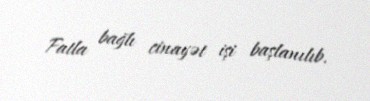
Fatla bağlı cinayət işi başlanılıb.